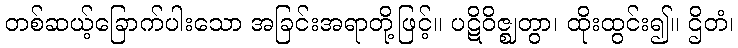
တစ်ဆယ့်ခြောက်ပါးသော အခြင်းအရာတို့ဖြင့်။ ပဋိဝိဇ္ဈတွာ၊ ထိုးထွင်း၍။ ဌိတံ၊